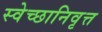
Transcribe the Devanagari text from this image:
स्वेच्छानिवृत्त